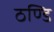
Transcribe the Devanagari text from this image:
ठण्डि